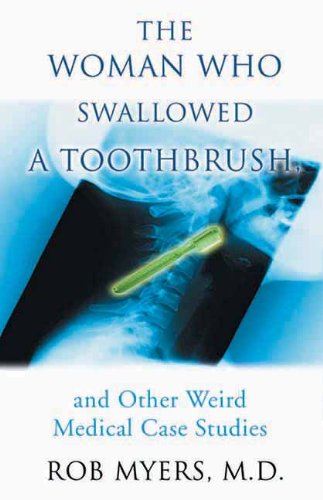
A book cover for The Woman Who Swallowed a Toothbrush: And Other Weird Medical Case Histories; Robert Myers; Humor & Entertainment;